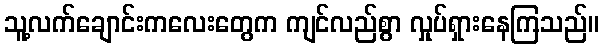
သူ့လက်ချောင်းကလေးတွေက ကျင်လည်စွာ လှုပ်ရှားနေကြသည်။